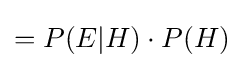
=P(E|H)\cdot P(H)